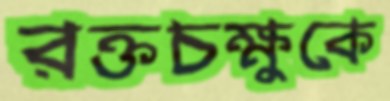
রক্তচক্ষুকে